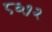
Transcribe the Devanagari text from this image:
८६१२